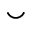
\smile